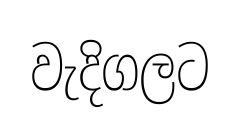
වැදිගලට